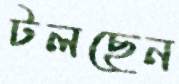
টলছেন